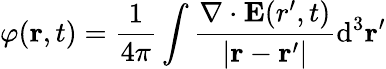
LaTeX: \varphi(\mathbf{r},t)={\frac{1}{4\pi}}\int{\frac{\nabla\cdot\mathbf{E}({r}^{\prime},t)}{|\mathbf{r}-\mathbf{r}^{\prime}|}}\mathrm{d}^{3}\mathbf{r}^{\prime}